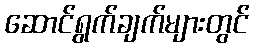
ဆောင်ရွက်ချက်များတွင်